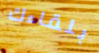
بلقاءك